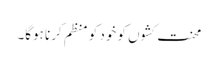
محنت کشوں کو خود کو منظم کرنا ہوگا۔